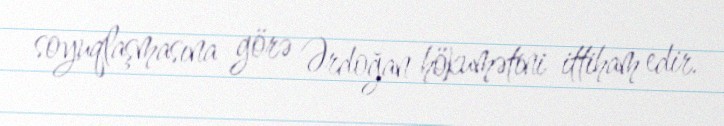
soyuqlaşmasına görə Ərdoğan hökumətini ittiham edir.